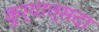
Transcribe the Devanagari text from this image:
कुर्यात्सदा